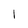
Character: I